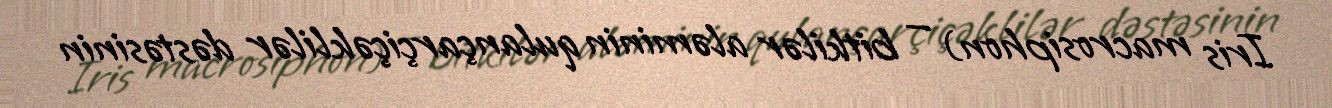
Iris macrosiphon) — bitkilər aləminin qulançarçiçəklilər dəstəsinin